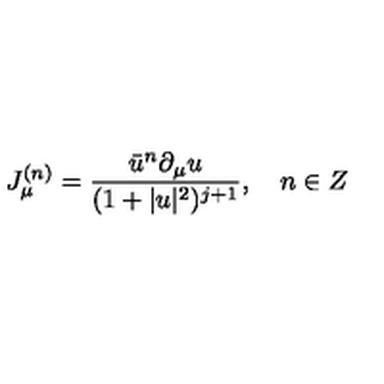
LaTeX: J _ { \mu } ^ { ( n ) } = \frac { \bar { u } ^ { n } \partial _ { \mu } u } { ( 1 + | u | ^ { 2 } ) ^ { j + 1 } } , \quad n \in Z